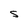
Character: S